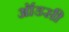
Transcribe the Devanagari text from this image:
ऑडसी